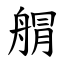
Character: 䑵